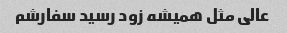
عالی مثل همیشه زود رسید سفارشم